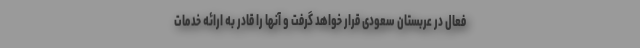
فعال در عربستان سعودی قرار خواهد گرفت و آنها را قادر به ارائه خدمات